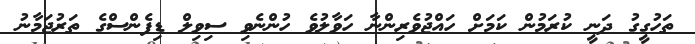
ތަހުގީގު ދަނީ ކުރަމުން ކަމަށް ހައްޖުވެރިންނާ ހަވާލުވެ ހުންނެވި ސިވިލް ޑިފެންސްގެ ތަރުޖަމާނު